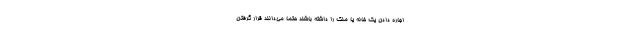
اجاره دادن یک خانه یا ملک را داشته باشند حتما می‌دانند قرار گرفتن